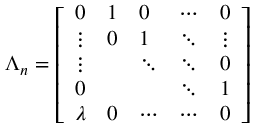
\Lambda _ { n } = \left[ \begin{array} { l l l l l } { { 0 } } & { { 1 } } & { { 0 } } & { { \cdots } } & { { 0 } } \\ { { \vdots } } & { { 0 } } & { { 1 } } & { { \ddots } } & { { \vdots } } \\ { { \vdots } } & { { { } } } & { { \ddots } } & { { \ddots } } & { { 0 } } \\ { { 0 } } & { { { } } } & { { { } } } & { { \ddots } } & { { 1 } } \\ { { \lambda } } & { { 0 } } & { { \cdots } } & { { \cdots } } & { { 0 } } \end{array} \right]